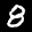
Label: 8